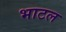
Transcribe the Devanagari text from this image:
भाटल